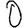
Digit: 0